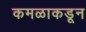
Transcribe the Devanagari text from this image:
कमळाकडून